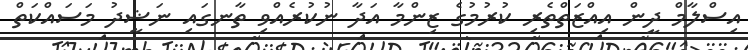
އިސްލާމް ދީން އިއްޒަތްތެރި ކުރުމުގެ ޒިންމާ އަދާ ނުކުރެއްވި ތާނގައި ނަޝީދު މަސައްކަތް